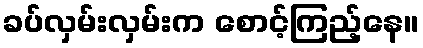
ခပ်လှမ်းလှမ်းက စောင့်ကြည့်နေ။